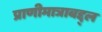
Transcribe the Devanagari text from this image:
प्राणीमात्राबद्द्ल